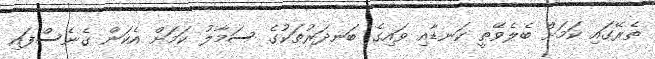
ތެރޭގައި ކަމަށް ބެލެވޭތީ ކަނޑާއި ވައިގެ ބަނދަރުތަކުގެ ސަމާލު ކަމަށް އެކަން ގެނެސްފައި